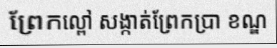
ព្រែកល្ពៅ សង្កាត់ព្រែកប្រា ខណ្ឌ